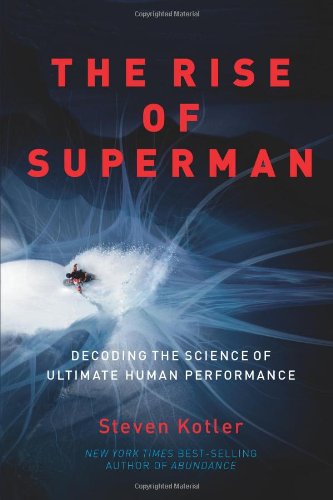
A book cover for The Rise of Superman: Decoding the Science of Ultimate Human Performance; Steven Kotler; Sports & Outdoors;